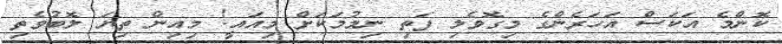
ކޮންމެ އަކަސް އަހަރެންގެ މިގޮވެލި ފަތި ނިމުމަކަށް މިއައީ! މިއިން ތިޔަ ލޮބުވެތި